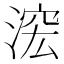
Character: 𱧟